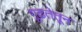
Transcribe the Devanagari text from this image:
गूढतेतून